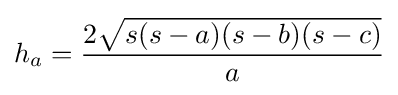
h_{a}={\frac {2{\sqrt {s(s-a)(s-b)(s-c)}}}{a}}